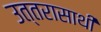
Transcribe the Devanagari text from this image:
उत्तरासाथी